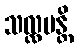
သလ္လပန္တိ